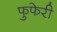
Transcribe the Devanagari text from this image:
फुफेरी